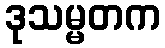
ဒုသမ္မတက